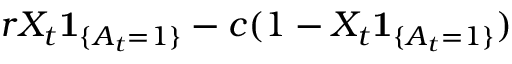
r X _ { t } \mathbf { 1 } _ { \{ A _ { t } = 1 \} } - c ( 1 - X _ { t } \mathbf { 1 } _ { \{ A _ { t } = 1 \} } )